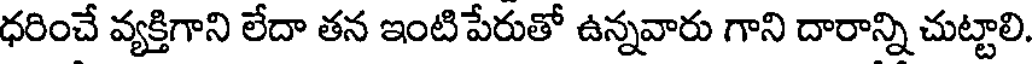
ధరించే వ్యక్తిగాని లేదా తన ఇంటిపేరుతో ఉన్నవారు గాని దారాన్ని చుట్టాలి.